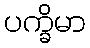
ပက္ခိမာ